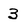
Character: 3